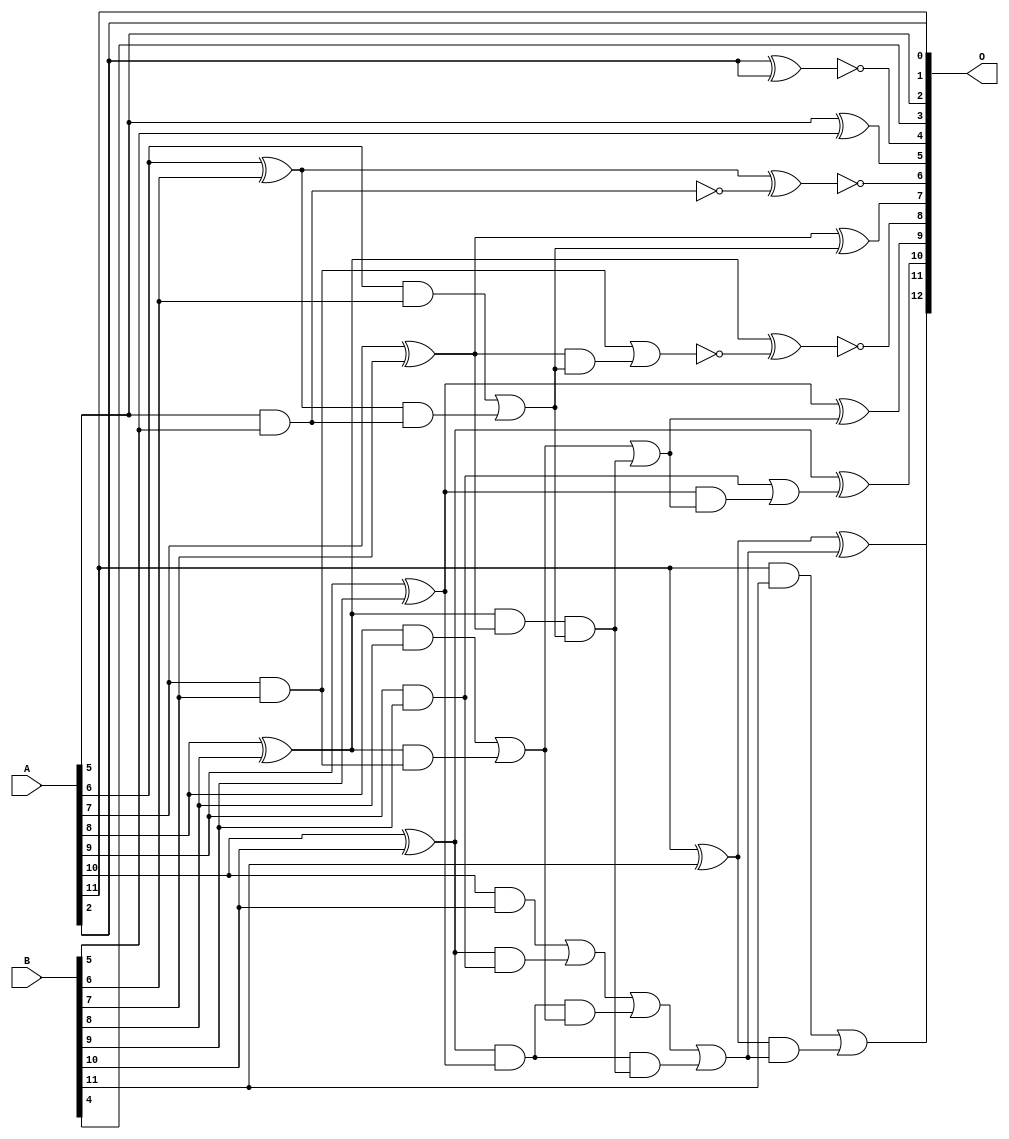
/***
* This code is a part of EvoApproxLib library (ehw.fit.vutbr.cz/approxlib) distributed under The MIT License.
* When used, please cite the following article(s): V. Mrazek, Z. Vasicek and R. Hrbacek, "Role of circuit representation in evolutionary design of energy-efficient approximate circuits" in IET Computers & Digital Techniques, vol. 12, no. 4, pp. 139-149, 7 2018. doi: 10.1049/iet-cdt.2017.0188 
* This file contains a circuit from a sub-set of pareto optimal circuits with respect to the pwr and mae parameters
***/
// MAE% = 0.13 %
// MAE = 11 
// WCE% = 0.44 %
// WCE = 36 
// WCRE% = 1500.00 %
// EP% = 97.22 %
// MRE% = 0.37 %
// MSE = 180 
// PDK45_PWR = 0.028 mW
// PDK45_AREA = 61.5 um2
// PDK45_DELAY = 0.55 ns

module add12u_0XE(A, B, O);
  input [11:0] A, B;
  output [12:0] O;
  wire n_352, n_198, n_36, n_413, n_259, n_377, n_418, n_193, n_23, n_22;
  wire n_21, n_20, n_24, n_341, n_249, n_80, n_382, n_85, n_280, n_388;
  wire n_285, n_141, n_203, n_126, n_300, n_208, n_100, n_121, n_106, n_403;
  wire n_347, n_188, n_8, n_9, n_4, n_5, n_6, n_7, n_0, n_1;
  wire n_2, n_3, n_218, n_408, n_18, n_19, n_16, n_17, n_14, n_15;
  wire n_12, n_13, n_10, n_11, n_393, n_116, n_95, n_111, n_90, n_75;
  wire n_295, n_290, n_331, n_213, n_336, n_136, n_177, n_398, n_131;
  assign n_0 = A[0];
  assign n_1 = A[1];
  assign n_2 = A[2];
  assign n_3 = A[3];
  assign n_4 = A[4];
  assign n_5 = A[5];
  assign n_6 = A[6];
  assign n_7 = A[7];
  assign n_8 = A[8];
  assign n_9 = A[9];
  assign n_10 = A[10];
  assign n_11 = A[11];
  assign n_12 = B[0];
  assign n_13 = B[1];
  assign n_14 = B[2];
  assign n_15 = B[3];
  assign n_16 = B[4];
  assign n_17 = B[5];
  assign n_18 = B[6];
  assign n_19 = B[7];
  assign n_20 = B[8];
  assign n_21 = B[9];
  assign n_22 = B[10];
  assign n_23 = B[11];
  assign n_24 = n_2 ^ n_2;
  assign n_36 = ~n_24;
  assign n_75 = ~(n_5 ^ n_17);
  assign n_80 = n_5 & n_17;
  assign n_85 = n_6 ^ n_18;
  assign n_90 = n_6 & n_18;
  assign n_95 = n_7 ^ n_19;
  assign n_100 = n_7 & n_19;
  assign n_106 = n_8 ^ n_20;
  assign n_111 = n_8 & n_20;
  assign n_116 = n_9 ^ n_21;
  assign n_121 = n_9 & n_21;
  assign n_126 = n_10 ^ n_22;
  assign n_131 = n_10 & n_22;
  assign n_136 = n_11 ^ n_23;
  assign n_141 = n_11 & n_23;
  assign n_177 = n_85 & n_80;
  assign n_188 = n_90 | n_177;
  assign n_193 = n_106 & n_100;
  assign n_198 = n_106 & n_95;
  assign n_203 = n_111 | n_193;
  assign n_208 = n_126 & n_121;
  assign n_213 = n_126 & n_116;
  assign n_218 = n_131 | n_208;
  assign n_249 = n_213 & n_203;
  assign n_259 = n_218 | n_249;
  assign n_280 = n_188;
  assign n_285 = n_198 & n_188;
  assign n_290 = n_203 | n_285;
  assign n_295 = n_213 & n_285;
  assign n_300 = n_259 | n_295;
  assign n_331 = ~n_80;
  assign n_336 = n_95 & n_188;
  assign n_341 = ~(n_100 | n_336);
  assign n_347 = n_116 & n_290;
  assign n_352 = n_121 | n_347;
  assign n_377 = ~n_75;
  assign n_382 = ~(n_85 ^ n_331);
  assign n_388 = n_95 ^ n_280;
  assign n_393 = ~(n_106 ^ n_341);
  assign n_398 = n_116 ^ n_290;
  assign n_403 = n_126 ^ n_352;
  assign n_408 = n_136 ^ n_300;
  assign n_413 = n_136 & n_300;
  assign n_418 = n_141 | n_413;
  assign O[0] = n_11;
  assign O[1] = n_2;
  assign O[2] = n_5;
  assign O[3] = n_16;
  assign O[4] = n_36;
  assign O[5] = n_377;
  assign O[6] = n_382;
  assign O[7] = n_388;
  assign O[8] = n_393;
  assign O[9] = n_398;
  assign O[10] = n_403;
  assign O[11] = n_408;
  assign O[12] = n_418;
endmodule